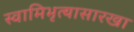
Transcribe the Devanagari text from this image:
स्वामिभृत्यासारखा